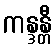
ကန္ဒန္တီ